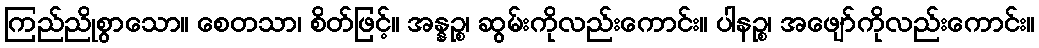
ကြည်ညိုစွာသော။ စေတသာ၊ စိတ်ဖြင့်။ အန္နဉ္စ၊ ဆွမ်းကိုလည်းကောင်း။ ပါနဉ္စ၊ အဖျော်ကိုလည်းကောင်း။